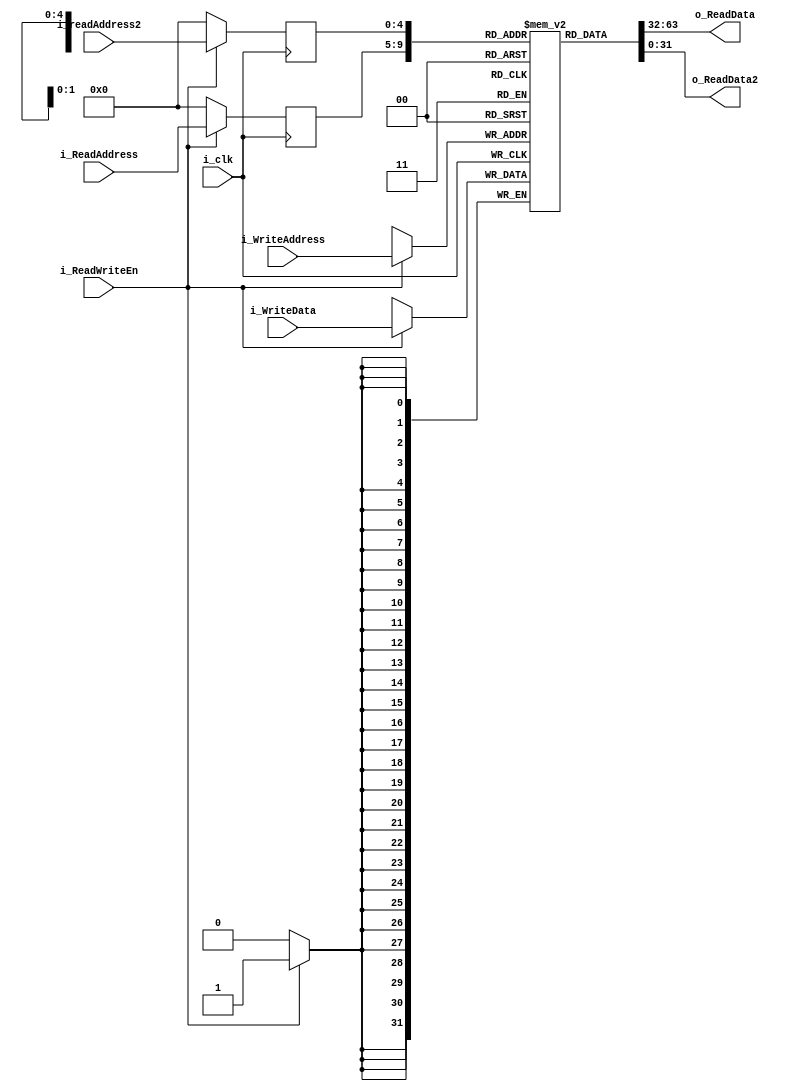
`timescale 1ns / 1ps
module RegisterFile(
input i_clk,
input i_ReadWriteEn,
input [4:0] i_WriteAddress,
input [31:0] i_WriteData,
input [4:0] i_ReadAddress,
input [4:0] i_readAddress2,
output [31:0] o_ReadData,
output [31:0] o_ReadData2
  );
reg state;
reg [4:0] WrPointer;
reg [4:0] RdPointer;
reg [4:0] RdPointer2;
reg [31:0] Register [31:0];
localparam IDLE = 1'b0,
          USED = 1'b1;

always@(posedge i_clk)
begin
  if(i_ReadWriteEn)
    Register[WrPointer] <= i_WriteData;
end

always@(*)
begin
  if(!i_ReadWriteEn)
    WrPointer <= 'd0;
  else 
    WrPointer <= i_WriteAddress;
end



always@(posedge i_clk)
begin
  if(!i_ReadWriteEn)
  begin
    RdPointer <= 'd0;
    RdPointer2 <= 'd0;
  end
  else
  begin 
    RdPointer <= i_ReadAddress;
    RdPointer2 <= i_readAddress2;
  end
end

assign o_ReadData = Register[RdPointer];
assign o_ReadData2 = Register[RdPointer2];

endmodule